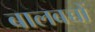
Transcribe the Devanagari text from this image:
बालबच्चों